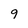
Character: 9